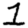
Digit: 1